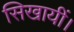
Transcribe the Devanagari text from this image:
सिखायीं।